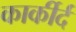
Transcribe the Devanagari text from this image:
कार्कीर्द